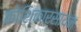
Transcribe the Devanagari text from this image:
कोशिकारसायन